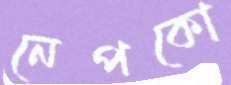
নেপকো